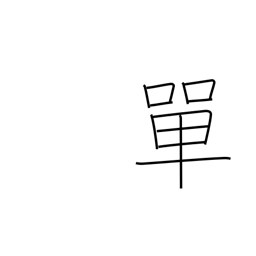
Meaning: simple